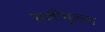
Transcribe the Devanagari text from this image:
सलीमुल्ला